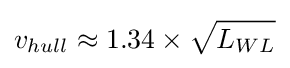
v_{hull}\approx 1.34\times {\sqrt {L_{WL}}}